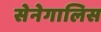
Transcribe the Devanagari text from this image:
सेनेगालिस